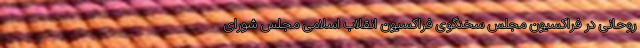
روحانی در فراکسیون مجلس سخنگوی فراکسیون انقلاب اسلامی مجلس شورای